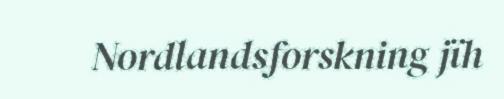
Nordlandsforskning jïh